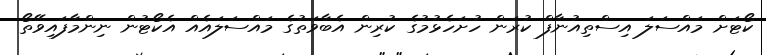
ކޯޓަށް މައްސަލަ އިސްތިއުނާފް ކުރަން ހުށަހެޅުމުގެ ކުރިން އެބާވަތުގެ މައްސަލައެއް އެކޯޓުން ނިންމާފައިވޭތޯ